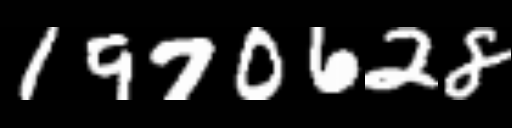
Text: 1970628